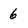
Character: 6